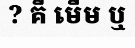
? គឺ មើម ឬ